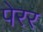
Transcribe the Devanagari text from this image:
पेरर